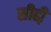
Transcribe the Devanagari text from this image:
सीढी़